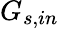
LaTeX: G_{s,in}